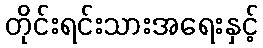
တိုင်းရင်းသားအရေးနှင့်